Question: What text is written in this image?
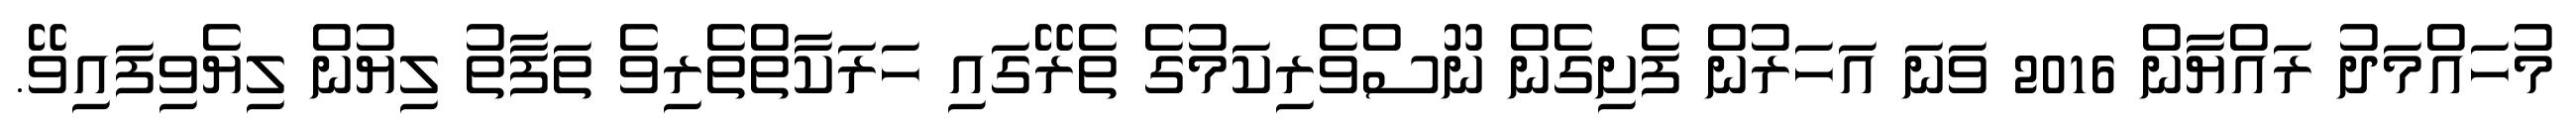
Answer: މުހައްމަދު ރައްޔާން 2016 ވަނަ އަހަރުން ފެށިގެން ނޫސްވެރިކަމުގެ ތެރޭގައި ހަރަކާތްތެރިވެ ތަފާތު ލިޔުން ލިޔެވިފައިވޭ.